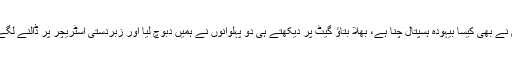
تم نے بھی کیسا بیہودہ ہسپتال چنا ہے، بھلا بتاﺅ گیٹ پر دیکھتے ہی دو پہلوانوں نے ہمیں دبوچ لیا اور زبردستی اسٹریچر پر ڈالنے لگے۔